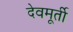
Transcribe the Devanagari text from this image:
देवमूर्ती